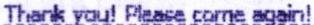
THANK YOU! PLEASE COME AGAIN!